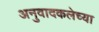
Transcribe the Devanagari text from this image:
अनुवादकलेच्या